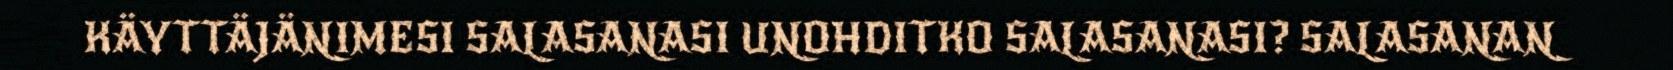
KÄYTTÄJÄNIMESI SALASANASI UNOHDITKO SALASANASI? SALASANAN